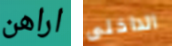
اراهن الداخلى